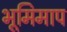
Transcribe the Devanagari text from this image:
भूमिमाप